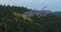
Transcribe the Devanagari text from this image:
यथार्थद्रष्टा